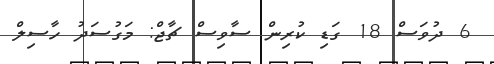
6 ދުވަސް 18 ގަޑި ކުރިން ސާވިސް ޗާޖް: މަގުސަދު ހާސިލް